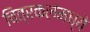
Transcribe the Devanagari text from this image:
चित्रकलेमध्ये